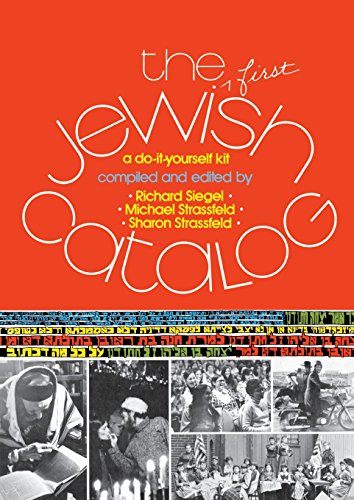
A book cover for The First Jewish Catalog: A Do-It-Yourself Kit; Children's Books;